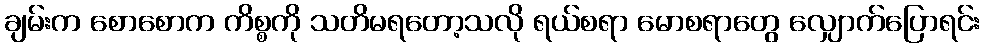
ချမ်းက စောစောက ကိစ္စကို သတိမရတော့သလို ရယ်စရာ မောစရာတွေ လျှောက်ပြောရင်း